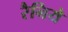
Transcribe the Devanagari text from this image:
रैनिये